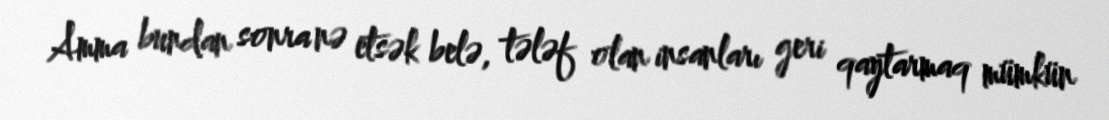
Amma bundan sonra nə etsək belə, tələf olan insanları geri qaytarmaq mümkün